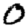
Digit: 0